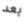
بعد